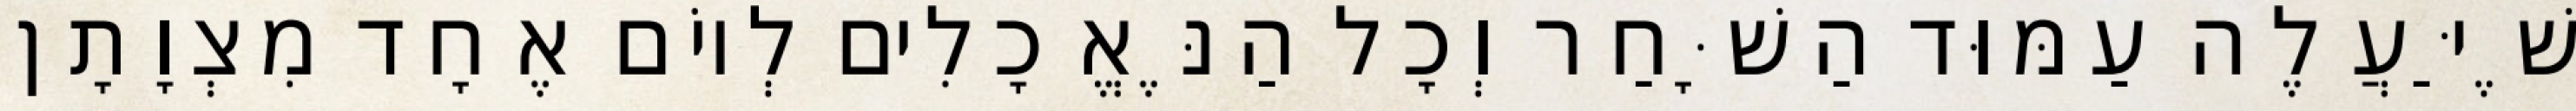
שֶׁיַּעֲלֶה עַמּוּד הַשָּׁחַר וְכָל הַנֶּאֱכָלִים לְיוֹם אֶחָד מִצְוָתָן